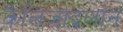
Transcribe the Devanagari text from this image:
कैलिजाइलान